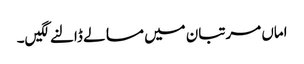
اماں مرتبان میں مسالے ڈالنے لگیں۔